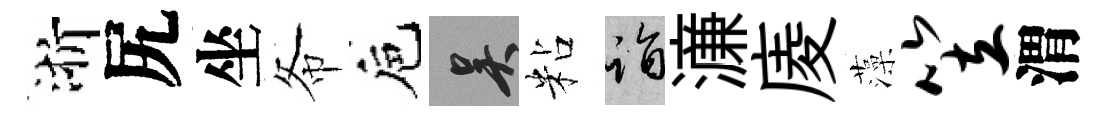
浙尻坐𢁙巵吴粘诣濓庱藻笠渭